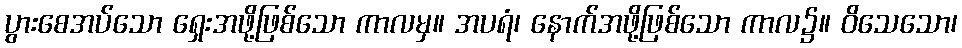
ပွားစေအပ်သော ရှေးအဖို့ဖြစ်သော ကာလမှ။ အပရံ၊ နောက်အဖို့ဖြစ်သော ကာလ၌။ ဝိသေသော၊